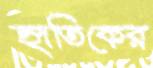
হৃতিকের